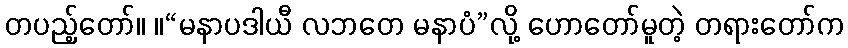
တပည့်တော်။ ။“မနာပဒါယီ လဘတေ မနာပံ”လို့ ဟောတော်မူတဲ့ တရားတော်က